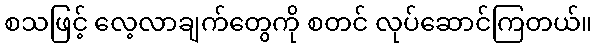
စသဖြင့် လေ့လာချက်တွေကို စတင် လုပ်ဆောင်ကြတယ်။